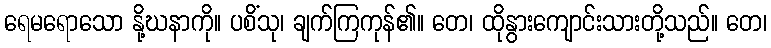
ရေမရောသော နို့ဃနာကို။ ပစိံသု၊ ချက်ကြကုန်၏။ တေ၊ ထိုနွားကျောင်းသားတို့သည်။ တေ၊